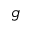
g